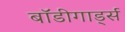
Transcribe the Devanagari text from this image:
बाॅडीगार्ड्स